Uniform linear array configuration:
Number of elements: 32
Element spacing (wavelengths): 0.75
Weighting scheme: uniform
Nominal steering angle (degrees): -60
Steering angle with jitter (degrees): -61.324
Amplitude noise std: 0.05
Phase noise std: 0.05

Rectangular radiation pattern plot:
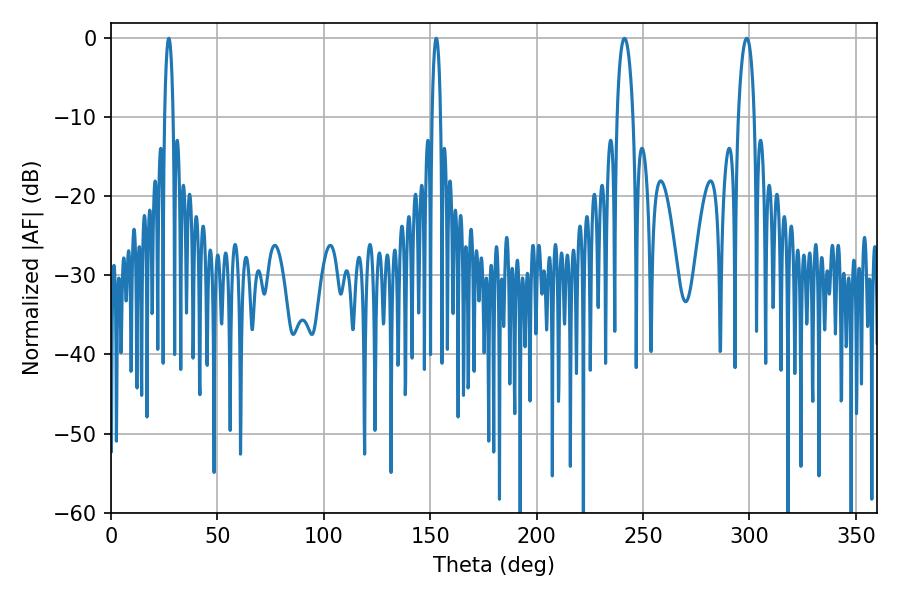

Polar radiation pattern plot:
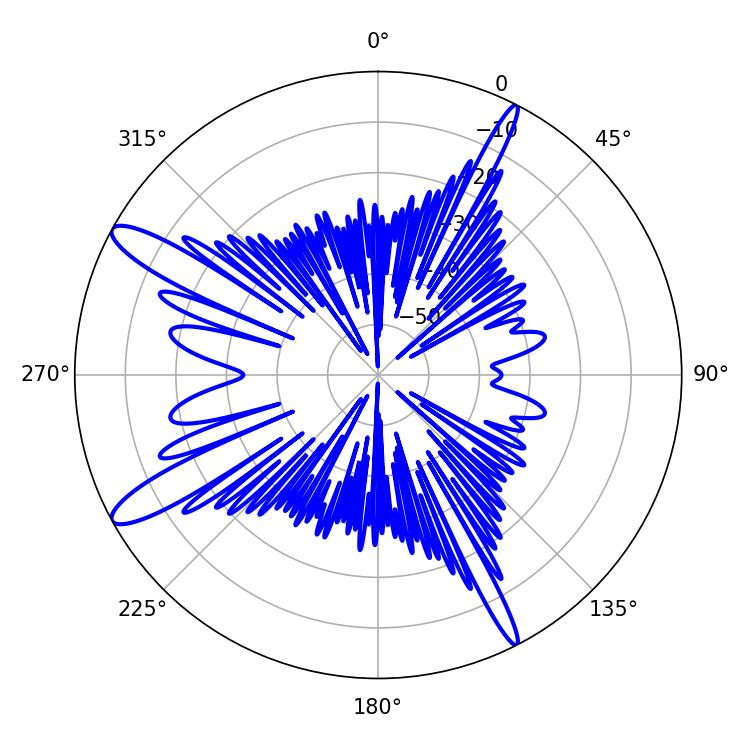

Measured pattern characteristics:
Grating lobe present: TRUE
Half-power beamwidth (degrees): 2.16
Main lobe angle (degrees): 27.18